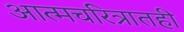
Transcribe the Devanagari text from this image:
आत्मचरित्रातही